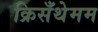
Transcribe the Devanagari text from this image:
क्रिसँथेमम